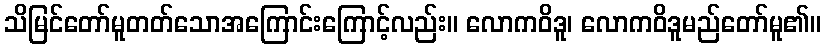
သိမြင်တော်မူတတ်သောအကြောင်းကြောင့်လည်း။ လောကဝိဒူ၊ လောကဝိဒူမည်တော်မူ၏။